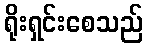
ရိုးရှင်းစေသည်